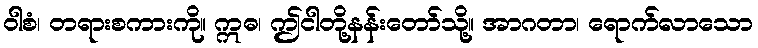
ဝါစံ၊ တရားစကားကို။ ဣဓ၊ ဤငါတို့နန်းတော်သို့။ အာဂတာ၊ ရောက်လာသော